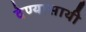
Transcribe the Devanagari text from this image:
देण्यासाथी